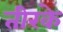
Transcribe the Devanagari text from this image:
तीरके